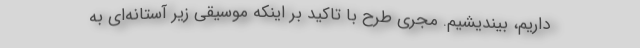
داریم، بیندیشیم. مجری طرح با تاکید بر اینکه موسیقی زیر آستانه‌ای به